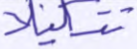
تنكيلا